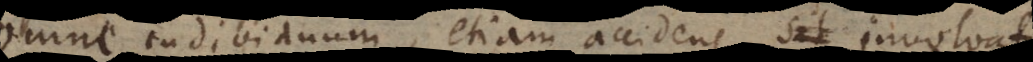
omne individuum, etiam accidens, involvat